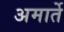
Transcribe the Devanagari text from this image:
अमार्ते